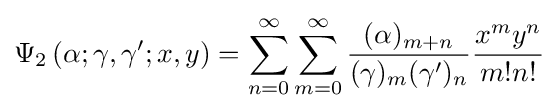
\Psi _{2}\left(\alpha ;\gamma ,\gamma ';x,y\right)=\sum _{n=0}^{\infty }\sum _{m=0}^{\infty }{\frac {(\alpha )_{m+n}}{(\gamma )_{m}(\gamma ')_{n}}}{\frac {x^{m}y^{n}}{m!n!}}